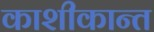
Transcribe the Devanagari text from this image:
काशीकान्त